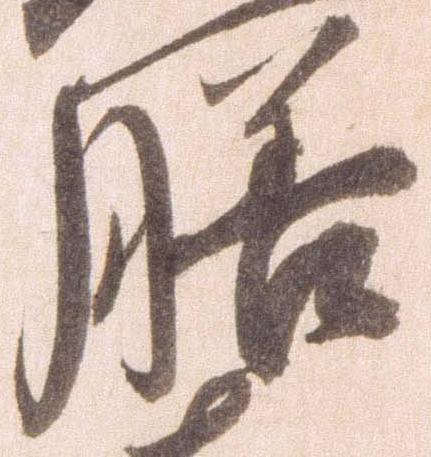
膳